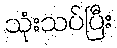
သုံးသပ်ပြီး